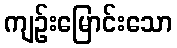
ကျဉ်းမြောင်းသော